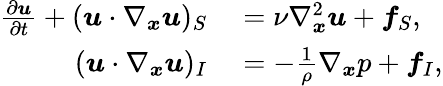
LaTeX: \begin{array}{rl}{\frac{\partial\boldsymbol{u}}{\partial t}+(\boldsymbol{u}\cdot\nabla_{\boldsymbol{x}}\boldsymbol{u})_{S}}&{{}=\nu\nabla_{\boldsymbol{x}}^{2}\boldsymbol{u}+\boldsymbol{f}_{S},}\\ {(\boldsymbol{u}\cdot\nabla_{\boldsymbol{x}}\boldsymbol{u})_{I}}&{{}=-\frac{1}{\rho}\nabla_{\boldsymbol{x}}p+\boldsymbol{f}_{I},}\end{array}